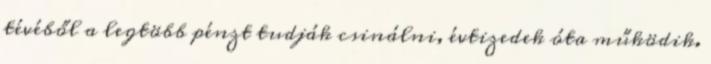
tévéből a legtöbb pénzt tudják csinálni, évtizedek óta működik.